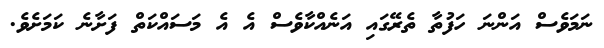
ނަމަވެސް އަންނަ ހަފުތާ ތެރޭގައި އަނެއްކާވެސް އެ އެ މަސައްކަތް ފަށާނެ ކަމަށެވެ.